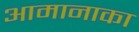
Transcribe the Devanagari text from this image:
आमानाका